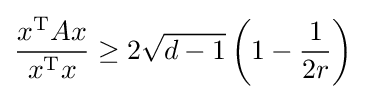
{\frac {x^{\text{T}}Ax}{x^{\text{T}}x}}\geq 2{\sqrt {d-1}}\left(1-{\frac {1}{2r}}\right)